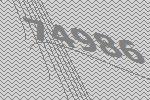
74986